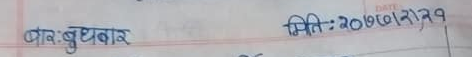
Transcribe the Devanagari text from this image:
वार : बुधबार  मिति : २०७८।०६।२१